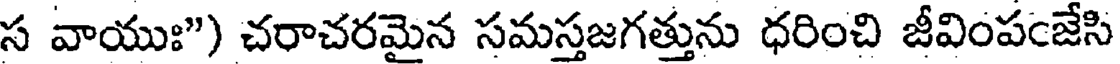
స వాయుః") చరాచరమైన సమస్తజగత్తును ధరించి జీవింపంజేసి